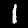
Digit: 1